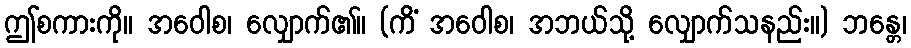
ဤစကားကို။ အဝေါစ၊ လျှောက်၏။ (ကိံ အဝေါစ၊ အဘယ်သို့ လျှောက်သနည်း။) ဘန္တေ၊